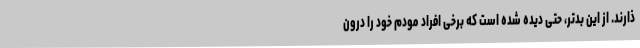
ذارند. از این بدتر، حتی دیده شده است که برخی افراد مودم خود را درون